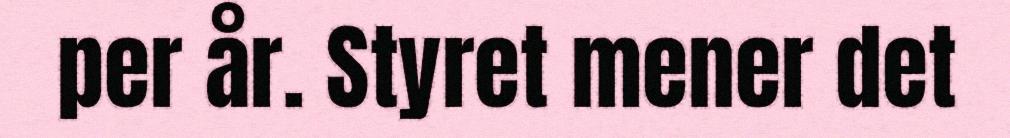
per år. Styret mener det